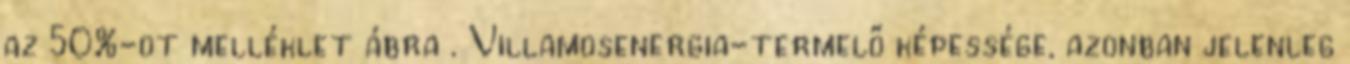
az 50%-ot melléklet ábra . Villamosenergia-termelő képessége, azonban jelenleg